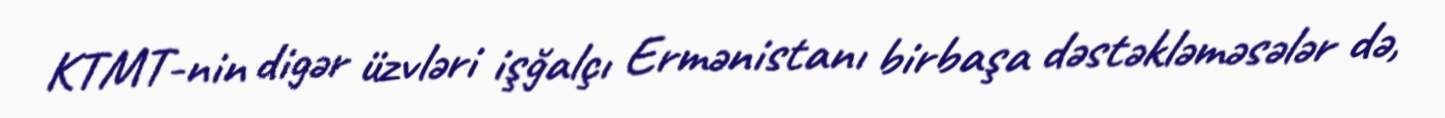
KTMT-nin digər üzvləri işğalçı Ermənistanı birbaşa dəstəkləməsələr də,